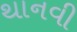
થાનવી